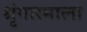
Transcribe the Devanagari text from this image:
श्रृंगारमाला